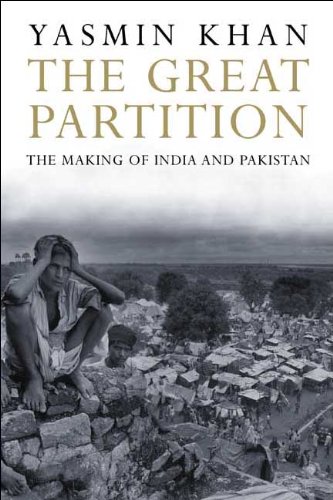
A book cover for The Great Partition: The Making of India and Pakistan; Yasmin Khan; History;